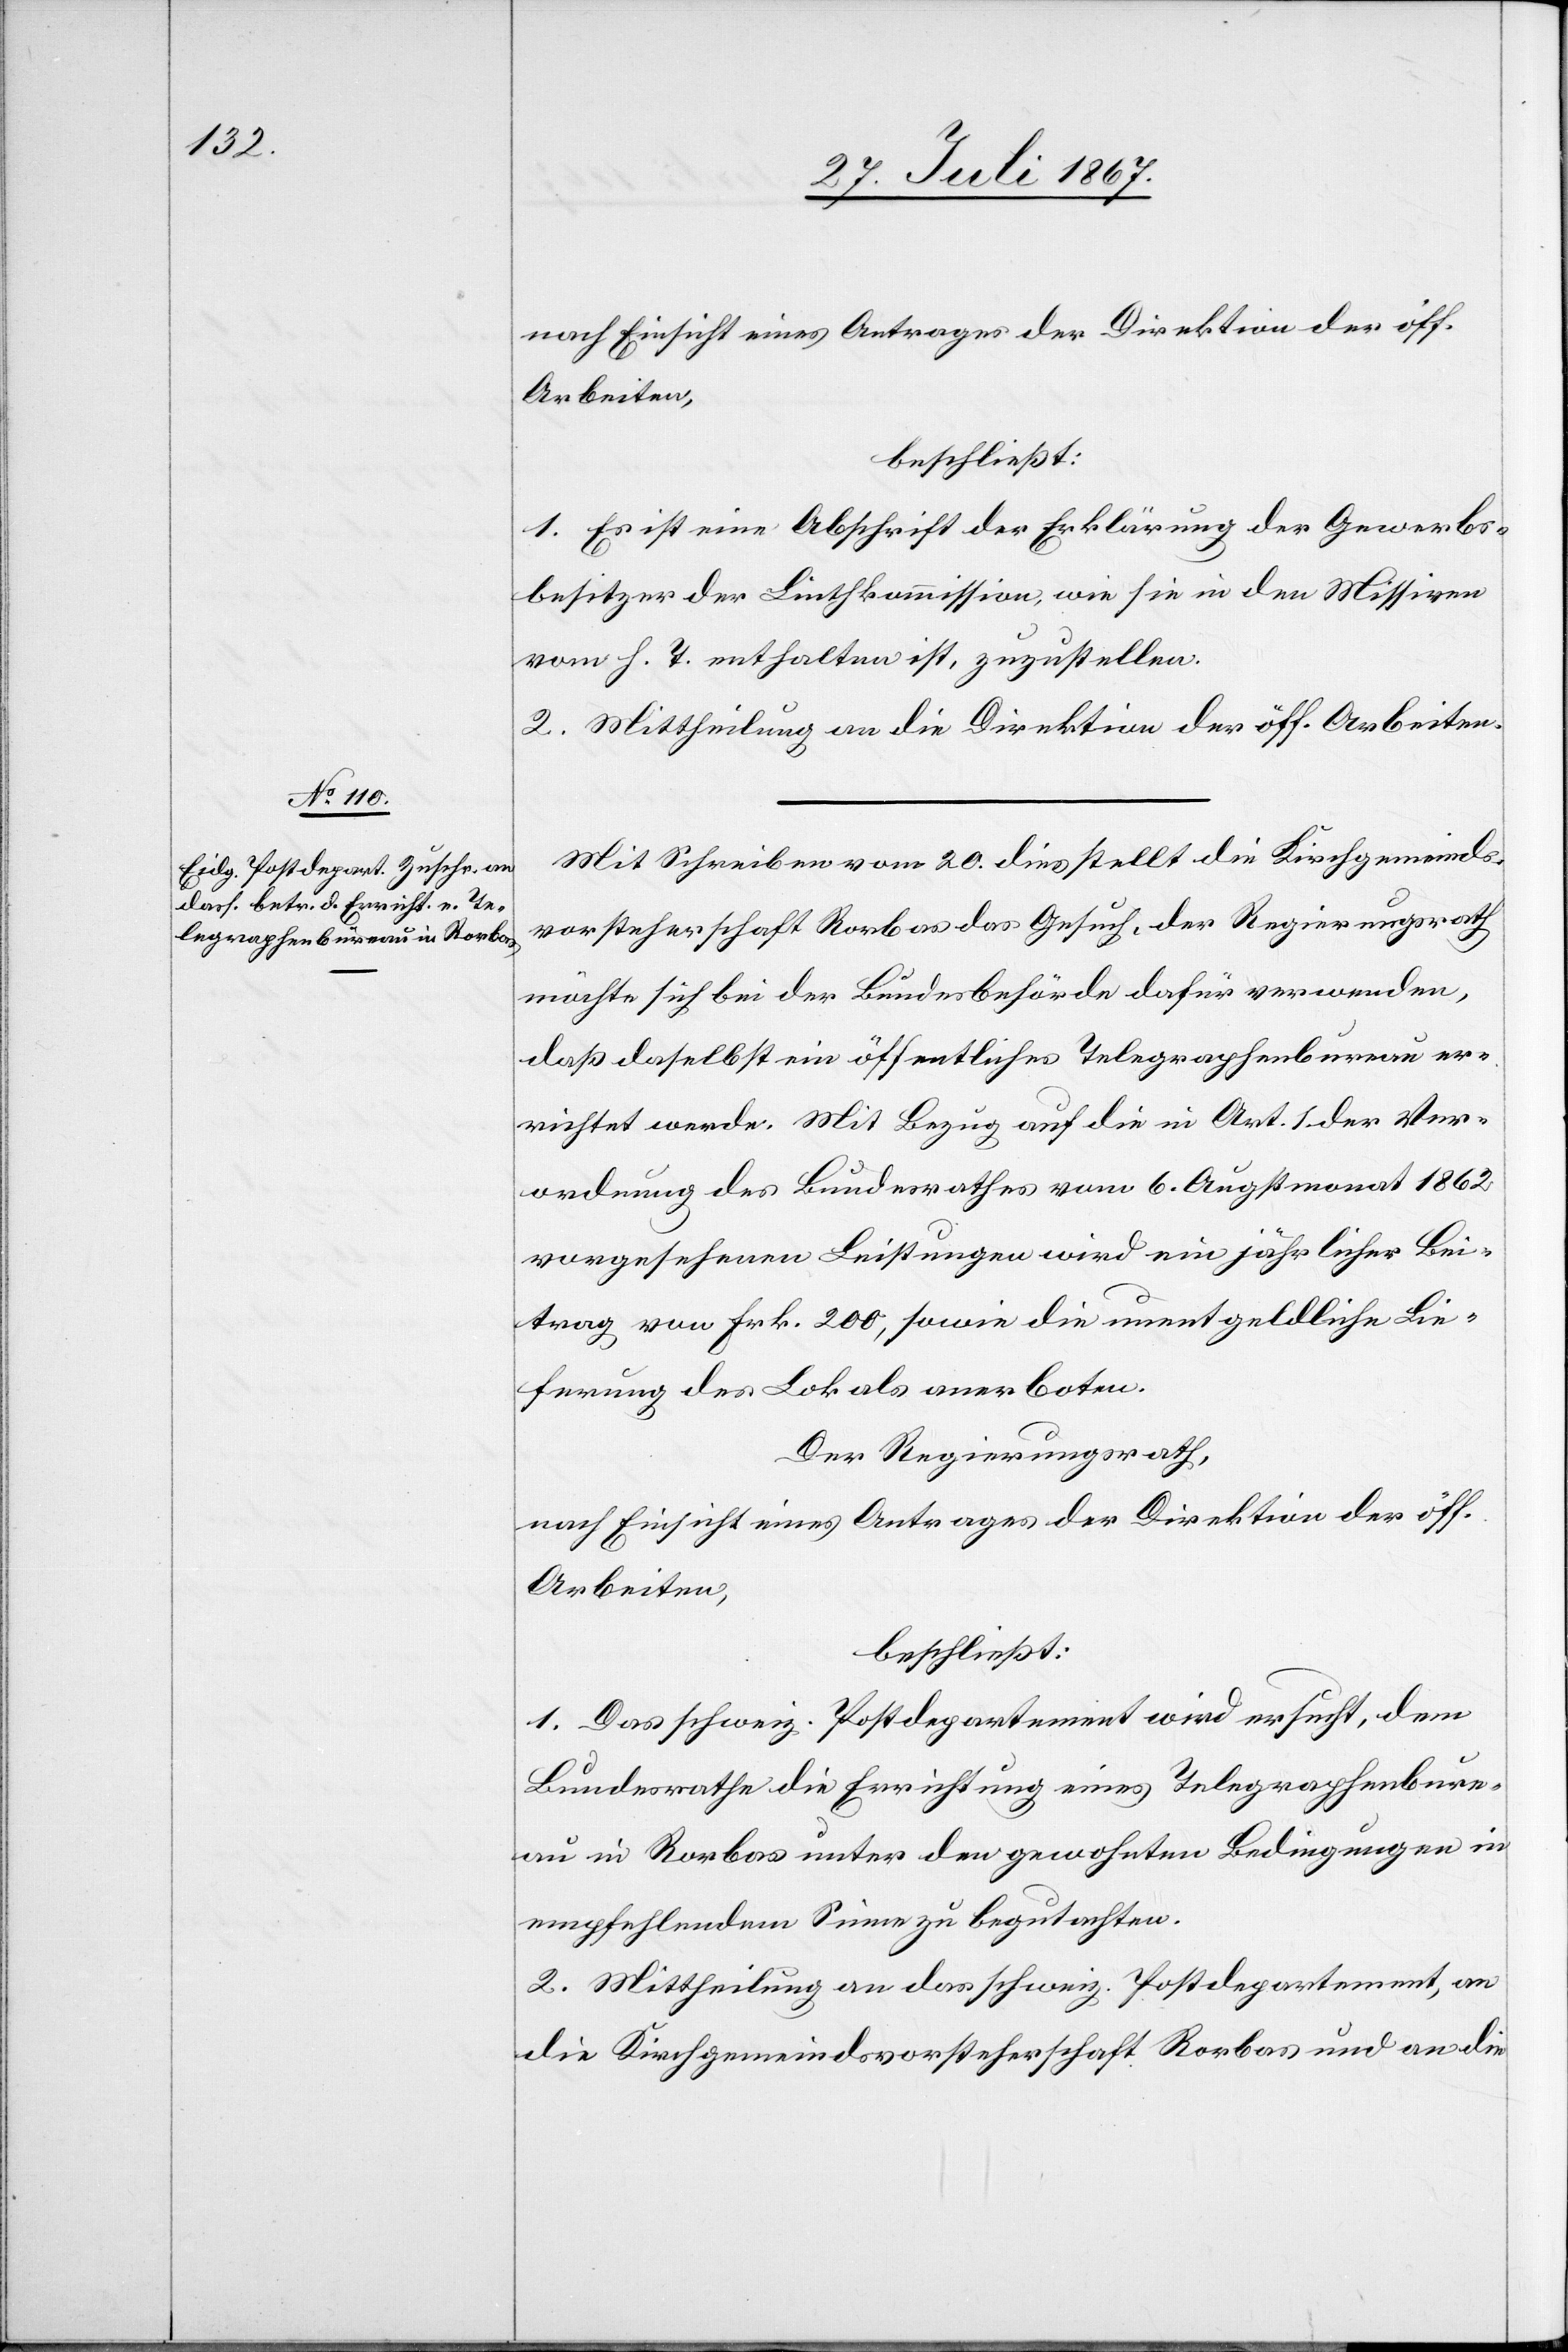
nach Einsicht eines Antrages der Direktion der öff.
Arbeiten,
beschließt:
1. Es ist eine Abschrift der Erklärung der Gewerbs¬
besitzer der Linthkommission, wie sie in den Missiven
vom h. T. enthalten ist, zuzustellen.
2. Mittheilung an die Direktion der öff. Arbeiten.
Mit Schreiben vom 20. dies stellt die Kirchgemeinds¬
vorsteherschaft Rorbas das Gesuch, der Regierungsrath
möchte sich bei der Bundesbehörde dafür verwenden,
daß daselbst ein öffentliches Telegraphenbureau er¬
richtet werde. Mit Bezug auf die in Art. 1 der Ver¬
ordnung des Bundesrathes vom 6. Augstmonat 1862
vorgesehenen Leistungen wird ein jährlicher Bei¬
trag von Frk. 200, sowie die unentgeldliche Lie¬
ferung des Lokals anerboten.
Der Regierungsrath,
nach Einsicht eines Antrages der Direktion der öff.
Arbeiten,
beschließt:
1. Das schweiz. Postdepartement wird ersucht, dem
Bundesrathe die Errichtung eines Telegraphenbure¬
au in Rorbas unter den gewohnten Bedingungen in
empfehlendem Sinne zu begutachten.
2. Mittheilung an das schweiz. Postdepartement, an
die Kirchgemeindsvorsteherschaft Rorbas und an die